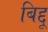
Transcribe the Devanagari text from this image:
बिद्दू